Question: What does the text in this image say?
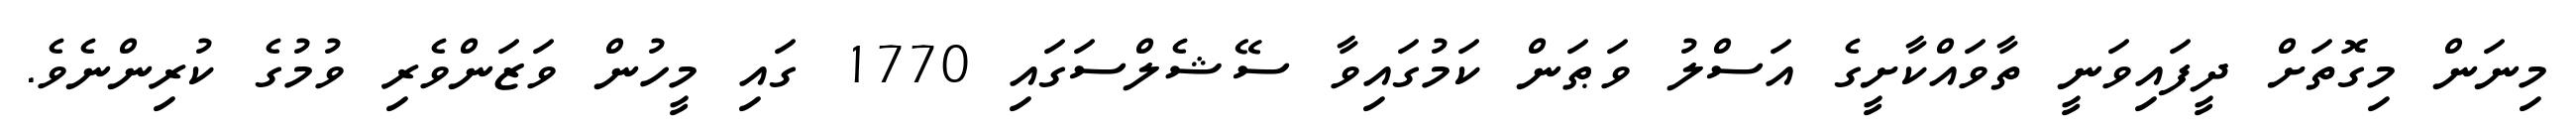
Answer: މިނަން މިގޮތަށް ދީފައިވަނީ ތާވައްކާށީގެ އަސްލު ވަޠަން ކަމުގައިވާ ސޭޝެލްސަގައި 1770 ގައި މީހުން ވަޒަންވެރި ވުމުގެ ކުރިންނެވެ.